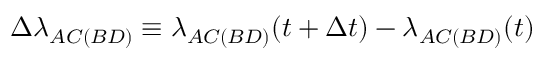
\Delta \lambda _ { A C ( B D ) } \equiv \lambda _ { A C ( B D ) } ( t + \Delta t ) - \lambda _ { A C ( B D ) } ( t )